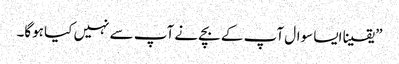
” یقینا ایسا سوال آپ کے بچے نے آپ سے نہیں کیا ہوگا۔